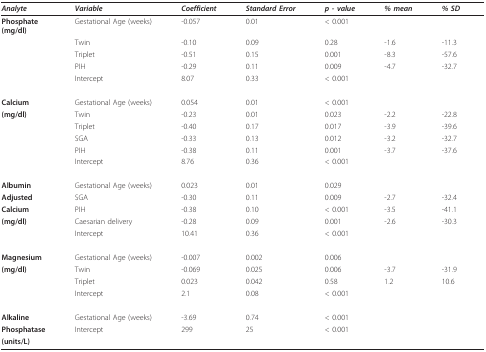
<table><thead><tr><td><b><i>Analyte</i></b></td><td><b><i>Variable</i></b></td><td><b><i>Coefficient</i></b></td><td><b><i>Standard Error</i></b></td><td><b><i>p - value</i></b></td><td><b><i>% mean</i></b></td><td><b><i>% SD</i></b></td></tr></thead><tbody><tr><td><b>Phosphate</b><b>(mg/dl)</b></td><td>Gestational Age (weeks)</td><td>-0.057</td><td>0.01</td><td colspan="3">&lt; 0.001</td></tr><tr><td></td><td>Twin</td><td>-0.10</td><td>0.09</td><td>0.28</td><td>-1.6</td><td>-11.3</td></tr><tr><td></td><td>Triplet</td><td>-0.51</td><td>0.15</td><td>0.001</td><td>-8.3</td><td>-57.6</td></tr><tr><td></td><td>PIH</td><td>-0.29</td><td>0.11</td><td>0.009</td><td>-4.7</td><td>-32.7</td></tr><tr><td></td><td>Intercept</td><td>8.07</td><td>0.33</td><td colspan="3">&lt; 0.001</td></tr><tr><td><b>Calcium</b></td><td>Gestational Age (weeks)</td><td>0.054</td><td>0.01</td><td colspan="3">&lt; 0.001</td></tr><tr><td><b>(mg/dl)</b></td><td>Twin</td><td>-0.23</td><td>0.01</td><td>0.023</td><td>-2.2</td><td>-22.8</td></tr><tr><td></td><td>Triplet</td><td>-0.40</td><td>0.17</td><td>0.017</td><td>-3.9</td><td>-39.6</td></tr><tr><td></td><td>SGA</td><td>-0.33</td><td>0.13</td><td>0.012</td><td>-3.2</td><td>-32.7</td></tr><tr><td></td><td>PIH</td><td>-0.38</td><td>0.11</td><td>0.001</td><td>-3.7</td><td>-37.6</td></tr><tr><td></td><td>Intercept</td><td>8.76</td><td>0.36</td><td colspan="3">&lt; 0.001</td></tr><tr><td><b>Albumin</b></td><td>Gestational Age (weeks)</td><td>0.023</td><td>0.01</td><td colspan="3">0.029</td></tr><tr><td><b>Adjusted</b></td><td>SGA</td><td>-0.30</td><td>0.11</td><td>0.009</td><td>-2.7</td><td>-32.4</td></tr><tr><td><b>Calcium</b></td><td>PIH</td><td>-0.38</td><td>0.10</td><td>&lt; 0.001</td><td>-3.5</td><td>-41.1</td></tr><tr><td><b>(mg/dl)</b></td><td>Caesarian delivery</td><td>-0.28</td><td>0.09</td><td>0.001</td><td>-2.6</td><td>-30.3</td></tr><tr><td></td><td>Intercept</td><td>10.41</td><td>0.36</td><td colspan="3">&lt; 0.001</td></tr><tr><td><b>Magnesium</b></td><td>Gestational Age (weeks)</td><td>-0.007</td><td>0.002</td><td colspan="3">0.006</td></tr><tr><td><b>(mg/dl)</b></td><td>Twin</td><td>-0.069</td><td>0.025</td><td>0.006</td><td>-3.7</td><td>-31.9</td></tr><tr><td></td><td>Triplet</td><td>0.023</td><td>0.042</td><td>0.58</td><td>1.2</td><td>10.6</td></tr><tr><td></td><td>Intercept</td><td>2.1</td><td>0.08</td><td colspan="3">&lt; 0.001</td></tr><tr><td><b>Alkaline</b></td><td>Gestational Age (weeks)</td><td>-3.69</td><td>0.74</td><td colspan="3">&lt; 0.001</td></tr><tr><td><b>Phosphatase</b></td><td>Intercept</td><td>299</td><td>25</td><td colspan="3">&lt; 0.001</td></tr><tr><td><b>(units/L)</b></td><td></td><td></td><td></td><td></td><td></td><td></td></tr></tbody></table>